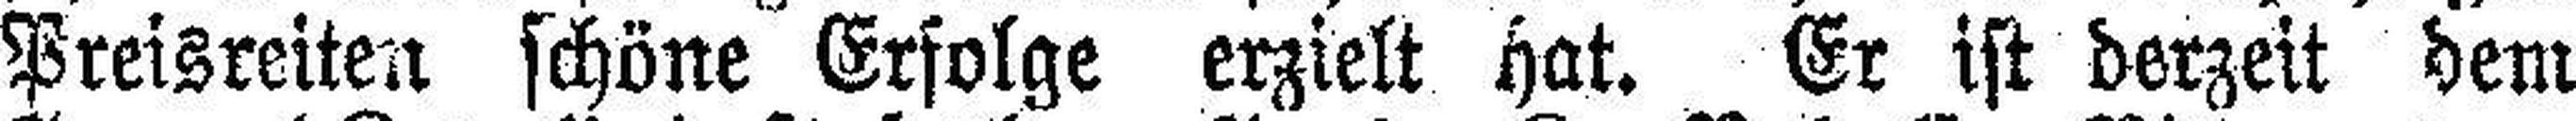
Preisreiten schöne Erfolge erzielt hat. Er ist derzeit dem